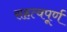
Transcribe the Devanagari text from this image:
सहत्वपूर्ण